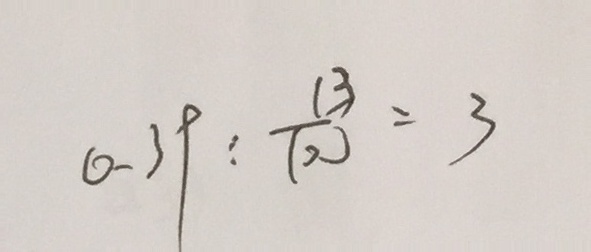
0 . 3 9 : \frac { 1 3 } { 1 0 0 } = 3